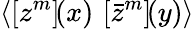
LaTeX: \langle\left[{z}^{m}\right]\! (x)\, \left[{\bar{z}}^{m}\right]\! (y)\rangle